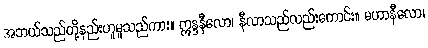
အဘယ်သည်တို့နည်းဟူမူသည်ကား။ ဣန္ဒနီလော၊ နီလာသည်လည်းကောင်း။ မဟာနီလော၊